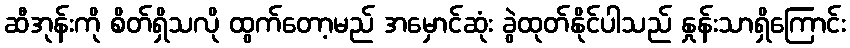
ဆီအုန်းကို စိတ်ရှိသလို ထွက်တော့မည် အမှောင်ဆုံး ခွဲထုတ်နိုင်ပါသည် နှုန်းသာရှိကြောင်း